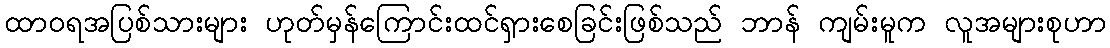
ထာဝရအပြစ်သားများ ဟုတ်မှန်ကြောင်းထင်ရှားစေခြင်းဖြစ်သည် ဘာန် ကျမ်းမူက လူအများစုဟာ